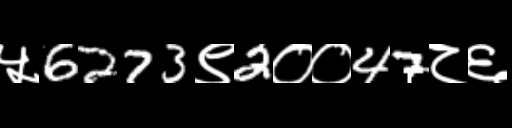
Text: ५6273९2००47८६